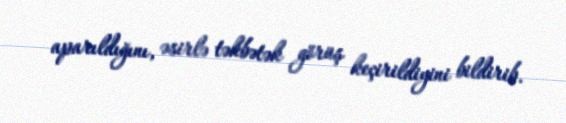
aparıldığını, əsirlə təkbətək görüş keçirildiyini bildirib.